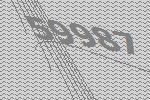
59987